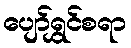
ပျော်ရွှင်စရာ